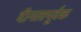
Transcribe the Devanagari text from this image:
दीनतापूर्वक